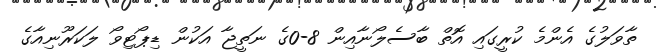
ތާވަލުގެ އެންމެ ކުރީގައި އޮތް ބާސެލޯނާއިން 8-0ގެ ނަތީޖާ އަކުން ޑިޕޯޓިވޯ ލަކަރޫނިއާގެ